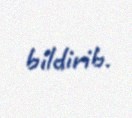
bildirib.